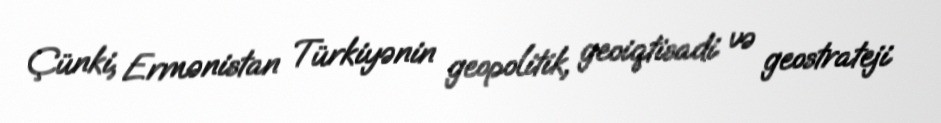
Çünki, Ermənistan Türkiyənin geopolitik, geoiqtisadi və geostrateji